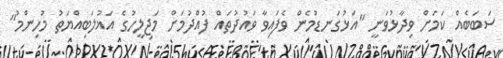
ސަބަބެއް ކަމަށް ވިދާޅުވަނީ "އަޅުގަނޑުމެން ވެފައިވާ ވައުދުތައް ފުއްދުމަށް މަޖިލީހުގެ އަޣުލަބިއްޔަތު މުހިންމު"